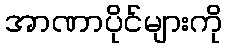
အာဏာပိုင်များကို